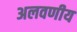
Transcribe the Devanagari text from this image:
अलवणीय